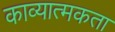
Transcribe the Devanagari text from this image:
काव्‍यात्‍मकता